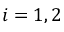
i = 1 , 2